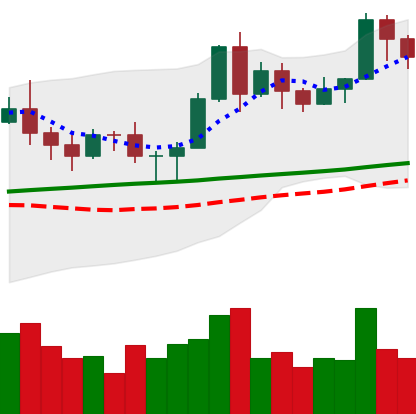
Ticker: LTC-USD
Chart end date: 2020-11-15
Forward return: 32.6%
Label: up_7plus